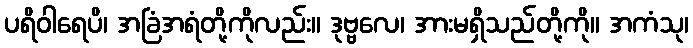
ပရိဝါရေပိ၊ အခြံအရံတို့ကိုလည်း။ ဒုဗ္ဗလေ၊ အားမရှိသည်တို့ကို။ အကံသု၊